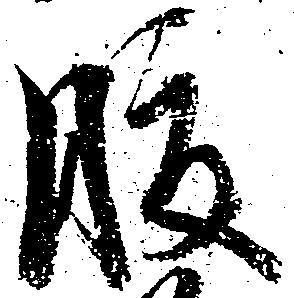
腹